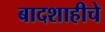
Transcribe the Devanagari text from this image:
बादशाहीचे